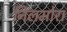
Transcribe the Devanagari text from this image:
निलमोरा